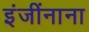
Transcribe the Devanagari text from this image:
इंजींनाना